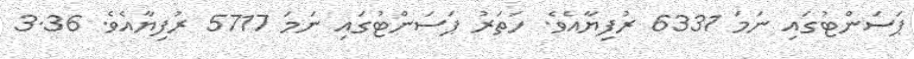
ޕަސަންޓުގައި ނަމަ 6331 ރުފިޔާއެވެ. ހަތަރު ޕަސަންޓުގައި ނަމަ 5717 ރުފިޔާއެވެ. 3.36